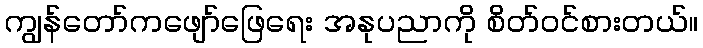
ကျွန်တော်ကဖျော်ဖြေရေး အနုပညာကို စိတ်ဝင်စားတယ်။